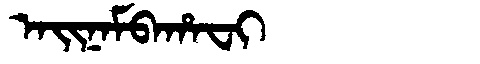
Manchu: ᠠᡳᠨᠠᠮᠪᠠᡥᠠᠸᡳ
Romanization: AINAMBAHAFI